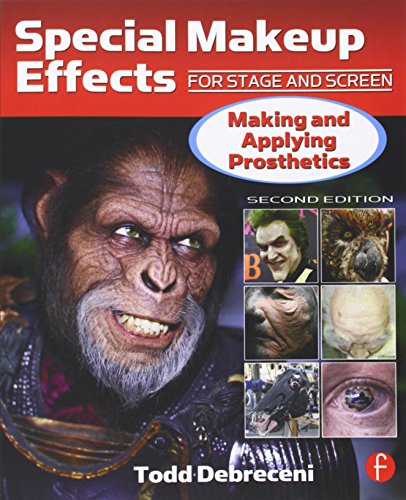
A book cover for Special Makeup Effects for Stage and Screen: Making and Applying Prosthetics; Todd Debreceni; Humor & Entertainment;